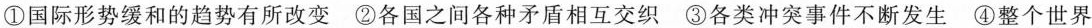
①国际形势缓和的趋势有所改变 ②各国之间各种矛盾相互交织 ③各类冲突事件不断发生 ④整个世界